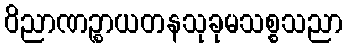
ဝိညာဏဉ္စာယတနသုခုမသစ္စသညာ